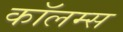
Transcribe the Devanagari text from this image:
कॉलम्स